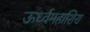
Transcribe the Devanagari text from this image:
ऊर्ध्वमहाशिरा